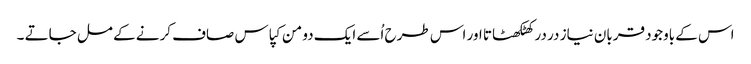
اس کے باوجود قربان نیاز در در کھٹکھٹاتا اور اس طرح اُسے ایک دو من کپاس صاف کرنے کے مل جاتے ۔